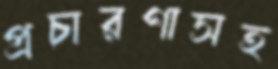
প্রচারণাসহ